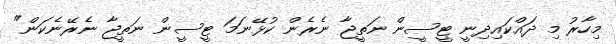
މިހާރު މި ދައްކަައިދިނީ ޓީސީން ނަތީޖާ ނެރެން ކުޅޭނަމަ ޓީސީން ނަތީޖާ ނެރޭނެކަން"